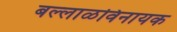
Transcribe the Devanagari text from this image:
बल्लाळविनायक